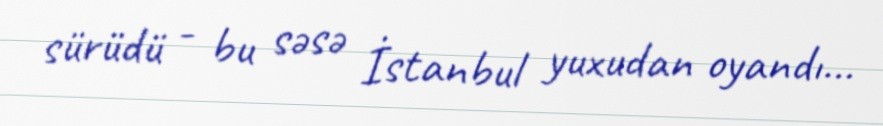
sürüdü - bu səsə İstanbul yuxudan oyandı...